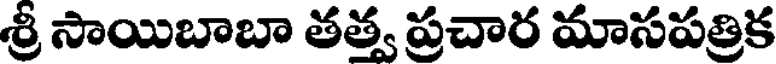
శ్రీ సాయిబాబా తత్వ ప్రచార మాసపత్రిక